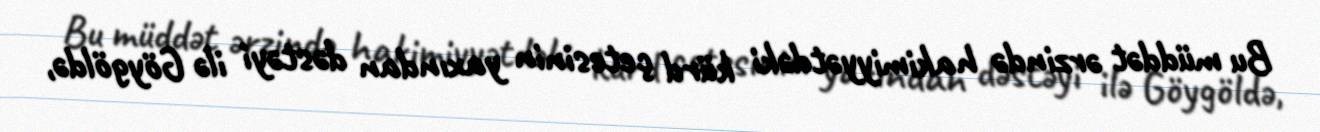
Bu müddət ərzində hakimiyyətdəki kürd çetesinin yaxından dəstəyi ilə Göygöldə,